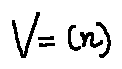
V = ( n )